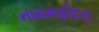
નાયમફોદરા